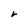
Character: r